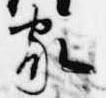
家